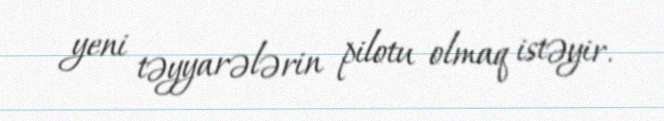
yeni təyyarələrin pilotu olmaq istəyir.